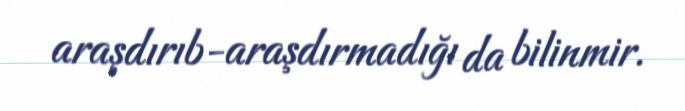
araşdırıb-araşdırmadığı da bilinmir.